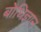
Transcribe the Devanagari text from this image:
बोधिज्ञान